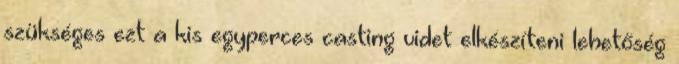
szükséges ezt a kis egyperces casting videt elkészíteni lehetőség